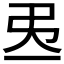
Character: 𢎶